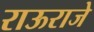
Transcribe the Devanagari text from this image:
राऊराजे